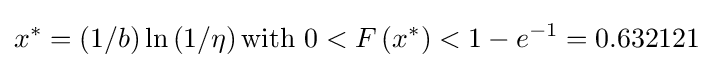
x^{*}=\left(1/b\right)\ln \left(1/\eta \right){\text{with }}0<F\left(x^{*}\right)<1-e^{-1}=0.632121